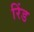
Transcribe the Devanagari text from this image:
रिंड